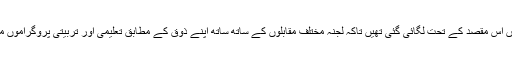
اس مرتبہ مختلف مارکیاں اس مقصد کے تحت لگائی گئی تھیں تاکہ لجنہ مختلف مقابلوں کے ساتھ ساتھ اپنے ذوق کے مطابق تعلیمی اور تربیتی پروگراموں میں بھی حصہ لے سکیں۔